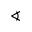
\sphericalangle